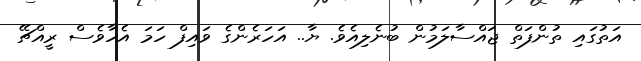
އަތުގައި ތުންފަތް ޖައްސާލަމުން ބުނެލިއެވެ. ޔާ.. އަހަރެންގެ ވައިފް ހަމަ އެހާވެސް ރީއްޗޭ